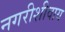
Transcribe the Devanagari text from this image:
नगरीशीवाय